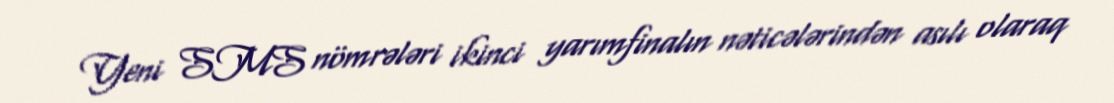
Yeni SMS nömrələri ikinci yarımfinalın nəticələrindən asılı olaraq